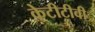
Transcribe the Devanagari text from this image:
केटीटीवी